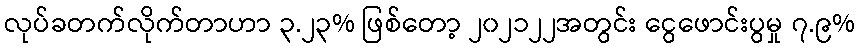
လုပ်ခတက်လိုက်တာဟာ ၃.၂၃% ဖြစ်တော့ ၂၀၂၁၂၂အတွင်း ငွေဖောင်းပွမှု ၇.၉%